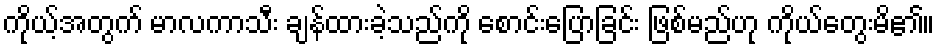
ကိုယ့်အတွက် မာလကာသီး ချန်ထားခဲ့သည်ကို စောင်းပြောခြင်း ဖြစ်မည်ဟု ကိုယ်တွေးမိ၏။